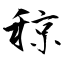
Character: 稤